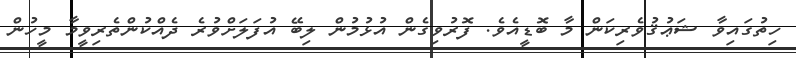
ހިތުގައިވާ ޝަޢުޤުވެރިކަން މާ ބޮޑީއެވެ. ފޮރުވިގެން އުޅުމުން ލިބޭ އުފަލަށްވުރެ ދެއްކުންތެރިވީމާ މީހުން